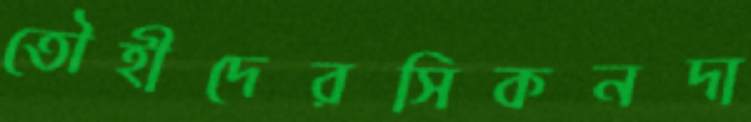
তৌহীদেরসিকনদা